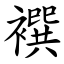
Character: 襈